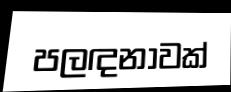
පලඳනාවක්